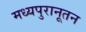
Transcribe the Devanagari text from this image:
मध्यपुरानूतन